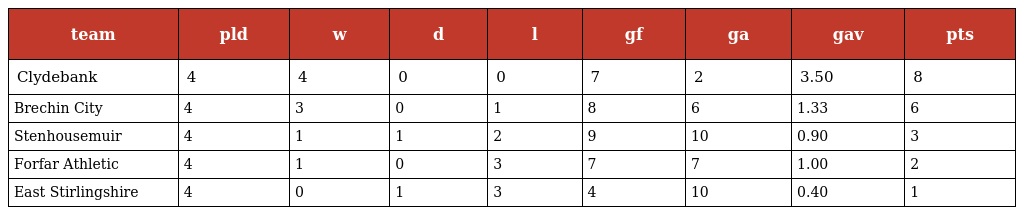
| team | pld | w | d | l | gf | ga | gav | pts |
 | --- | --- | --- | --- | --- | --- | --- | --- | --- |
 | Clydebank | 4 | 4 | 0 | 0 | 7 | 2 | 3.50 | 8 |
 | Brechin City | 4 | 3 | 0 | 1 | 8 | 6 | 1.33 | 6 |
 | Stenhousemuir | 4 | 1 | 1 | 2 | 9 | 10 | 0.90 | 3 |
 | Forfar Athletic | 4 | 1 | 0 | 3 | 7 | 7 | 1.00 | 2 |
 | East Stirlingshire | 4 | 0 | 1 | 3 | 4 | 10 | 0.40 | 1 |